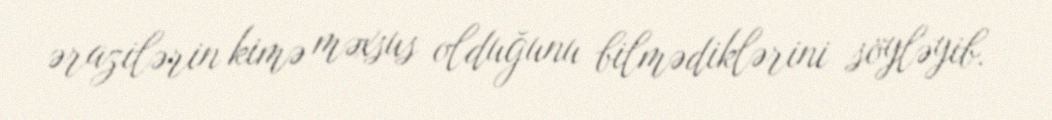
ərazilərin kimə məxsus olduğunu bilmədiklərini söyləyib.